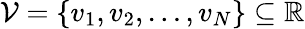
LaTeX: \mathcal{V}=\left\{ v_{1},v_{2},\dotsc,v_{N}\right\} \subseteq\mathbb{R}